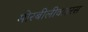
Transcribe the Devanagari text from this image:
मोरबीलीवाइरस